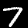
Label: 7